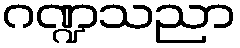
ဂဏ္ဍသညာ